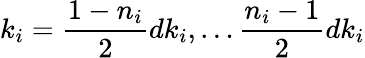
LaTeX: k_{i}=\frac{1-n_{i}}{2}dk_{i},\ldots\frac{n_{i}-1}{2}dk_{i}